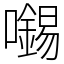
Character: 𡃶